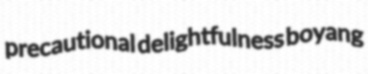
precautional delightfulness boyang